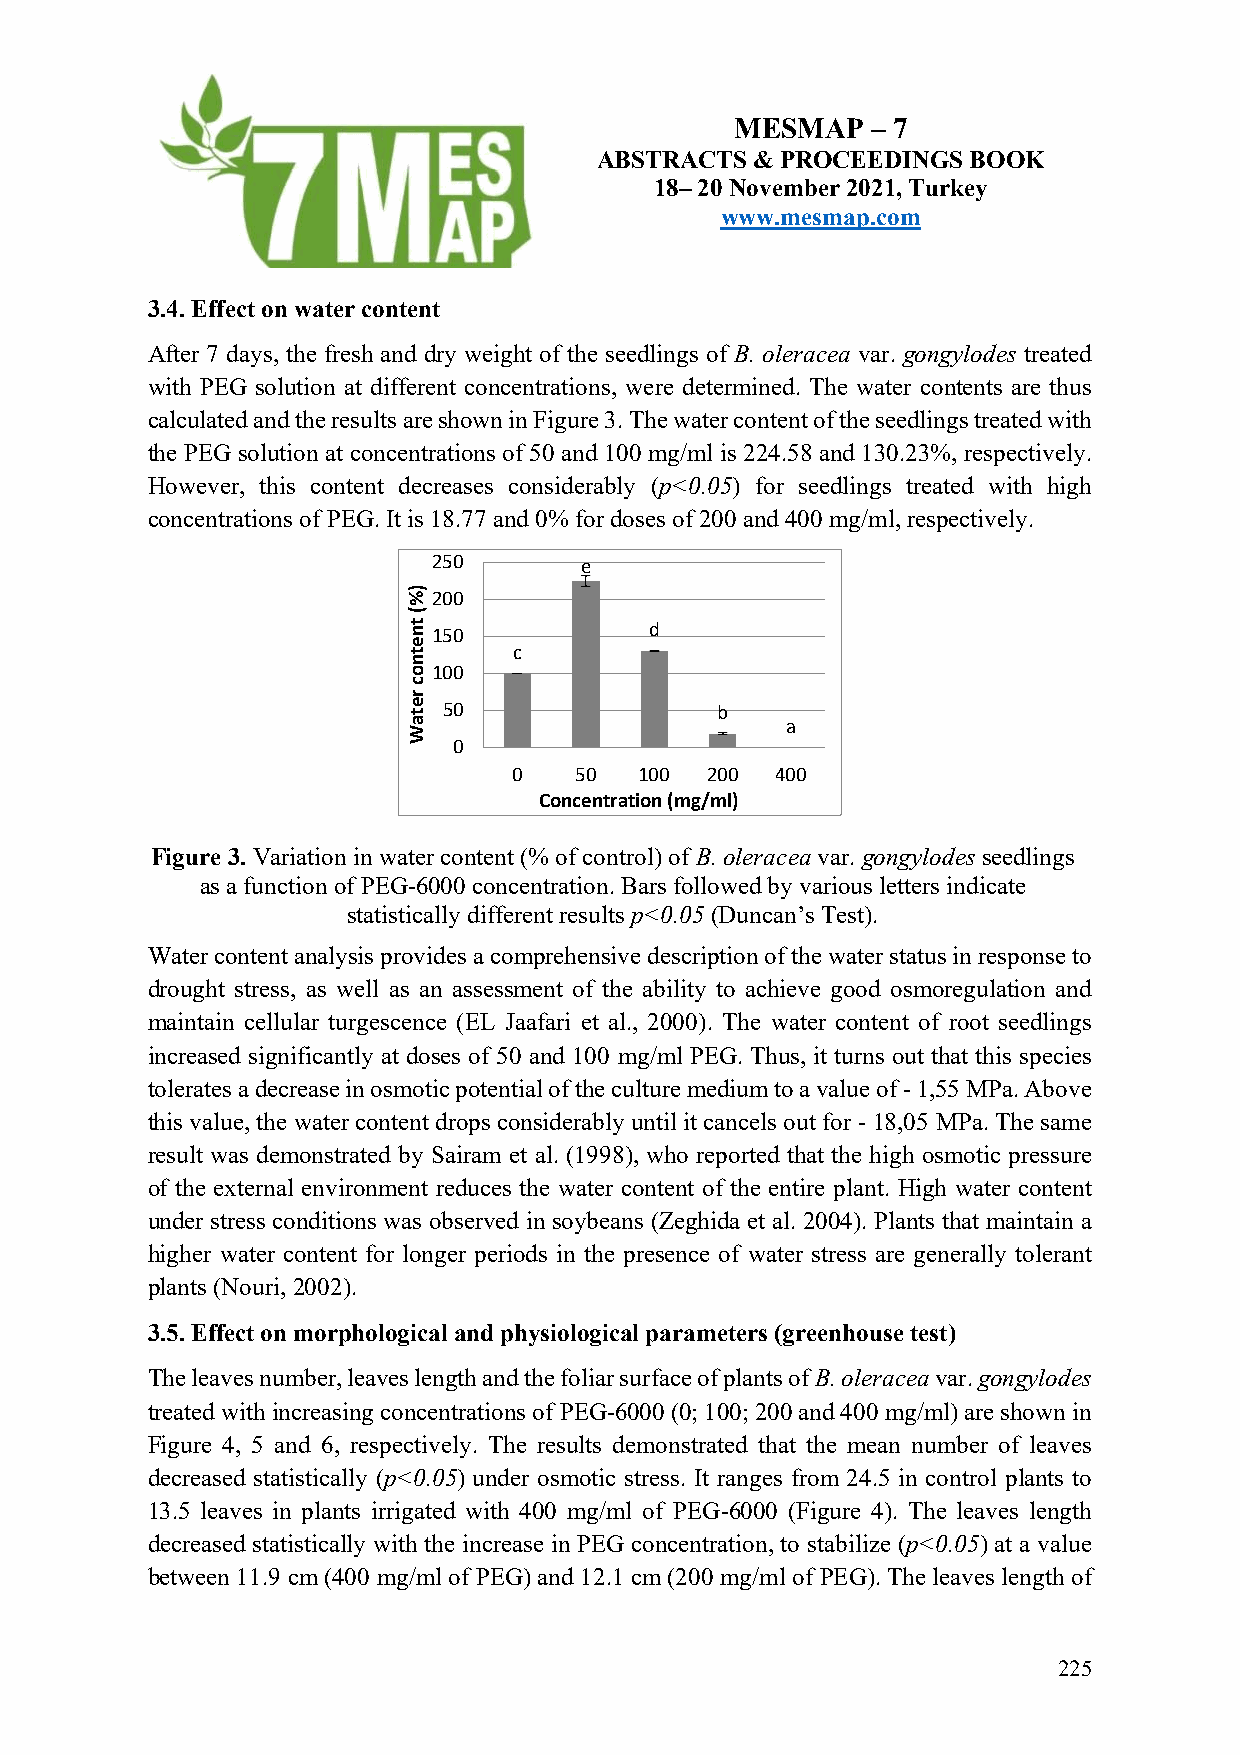
MESMAP   – 7
 ABSTRACTS  & PROCEEDINGS BOOK
 18– 20 November 2021, Turkey
 www.mesmap.com
 3.4. Effect on water content
 After 7 days, the fresh and dry weight of the seedlings of B. oleracea var. gongylodes treated
 with PEG solution at different concentrations, were determined. The water contents are thus
 calculated and the results are shown in Figure 3. The water content of the seedlings treated with
 the PEG solution at concentrations of 50 and 100 mg/ml is 224.58 and 130.23%, respectively.
 However, this content decreases considerably (p<0.05) for seedlings treated with high
 concentrations of PEG. It is 18.77 and 0% for doses of 200 and 400 mg/ml, respectively.
 250      e
 200
 150           d
 c
 100
 50                b
 a
 0
 0   50  100  200 400
 Concentration (mg/ml)
 Figure 3. Variation in water content (% of control) of B. oleracea var. gongylodes seedlings
 as a function of PEG-6000 concentration. Bars followed by various letters indicate
 statistically different results p<0.05 (Duncan’s Test).
 Water content analysis provides a comprehensive description of the water status in response to
 drought stress, as well as an assessment of the ability to achieve good osmoregulation and
 maintain cellular turgescence (EL Jaafari et al., 2000). The water content of root seedlings
 increased significantly at doses of 50 and 100 mg/ml PEG. Thus, it turns out that this species
 tolerates a decrease in osmotic potential of the culture medium to a value of - 1,55 MPa. Above
 this value, the water content drops considerably until it cancels out for - 18,05 MPa. The same
 result was demonstrated by Sairam et al. (1998), who reported that the high osmotic pressure
 of the external environment reduces the water content of the entire plant. High water content
 under stress conditions was observed in soybeans (Zeghida et al. 2004). Plants that maintain a
 higher water content for longer periods in the presence of water stress are generally tolerant
 plants (Nouri, 2002).
 3.5. Effect on morphological and physiological parameters (greenhouse test)
 The leaves number, leaves length and the foliar surface of plants of B. oleracea var. gongylodes
 treated with increasing concentrations of PEG-6000 (0; 100; 200 and 400 mg/ml) are shown in
 Figure 4, 5 and 6, respectively. The results demonstrated that the mean number of leaves
 decreased statistically (p<0.05) under osmotic stress. It ranges from 24.5 in control plants to
 13.5 leaves in plants irrigated with 400 mg/ml of PEG-6000 (Figure 4). The leaves length
 decreased statistically with the increase in PEG concentration, to stabilize (p<0.05) at a value
 between 11.9 cm (400 mg/ml of PEG) and 12.1 cm (200 mg/ml of PEG). The leaves length of
 225
 )%(
 tnetnoc
 retaW